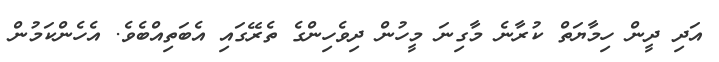
އަދި ދީން ހިމާޔަތް ކުރާނެ މާގިނަ މީހުން ދިވެހިންގެ ތެރޭގައި އެބަތިއްބެވެ. އެހެންކަމުން